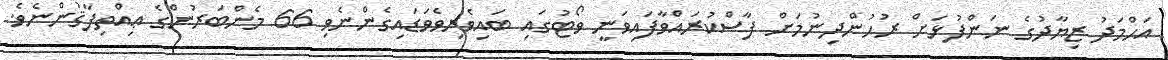
އަޙްމަދު ޒިޔާދުގެ ނަންފުޅަށް ރުހުންދިނުމަށް ފާސްކުރައްވާފައިވަނީ ވޯޓުގައި ބައިވެރިވެވަޑައިގެންނެވި 66 މެންބަރުންގެ ޢިއްތިފާޤުންނެވެ.